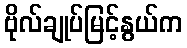
ဗိုလ်ချုပ်မြင့်နွယ်က